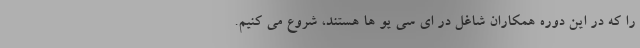
را که در این دوره همکاران شاغل در ای سی یو ها هستند، شروع می کنیم.